Leaving Certificate Examination, 1918
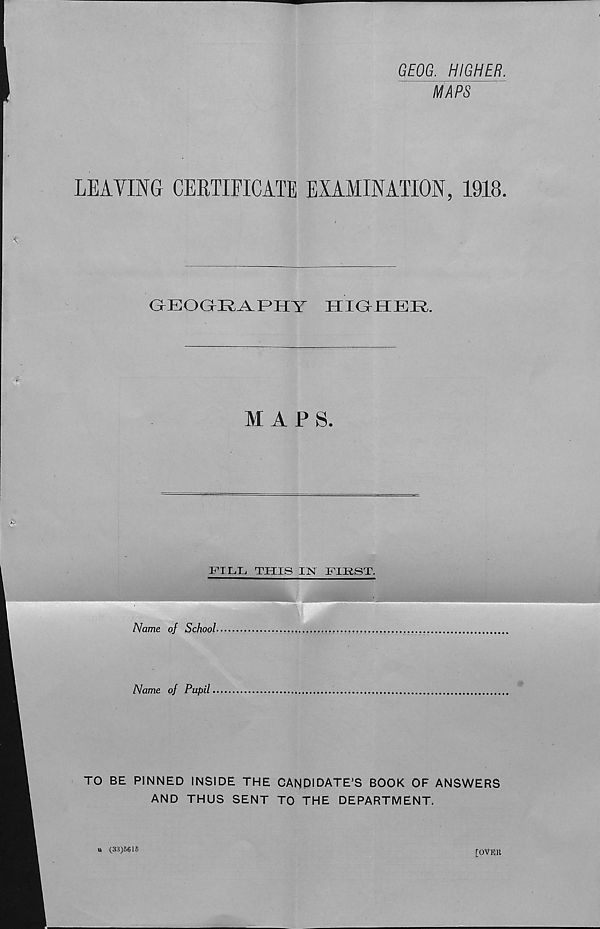
GEOG. HIGHER.
MAPS
LEAVING CERTIFICATE EXAMINATION, 1918.
GEOGRAPHY
HIGHER.
MAPS.
FILL THIS IN FIRST.
Name of School
Name of Pupil
TO BE PINNED INSIDE THE CANDIDATE’S BOOK OF ANSWERS
AND THUS SENT TO THE DEPARTMENT.
u (33)5616
[OVEB